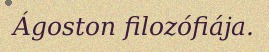
Ágoston filozófiája.